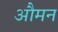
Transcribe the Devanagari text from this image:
औमन